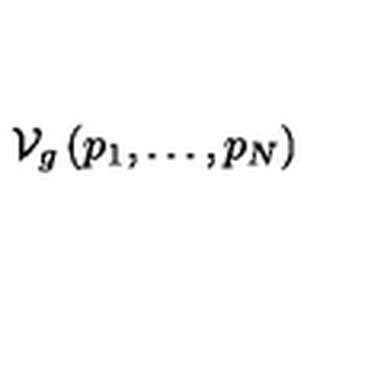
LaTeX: \mathcal { V } _ { g } \left( p _ { 1 } , \ldots , p _ { N } \right)